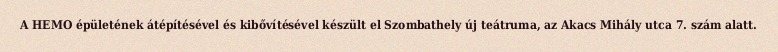
A HEMO épületének átépítésével és kibővítésével készült el Szombathely új teátruma, az Akacs Mihály utca 7. szám alatt.